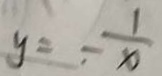
y = - \frac { 1 } { x }